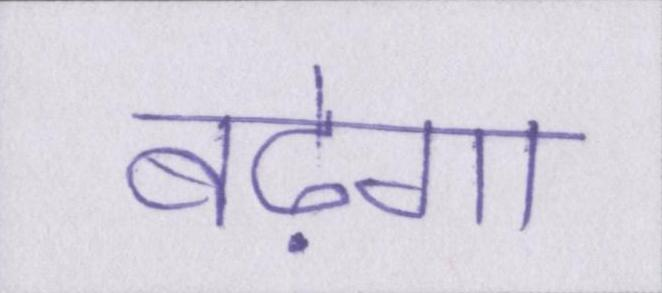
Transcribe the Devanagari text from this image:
बढ़ेगा